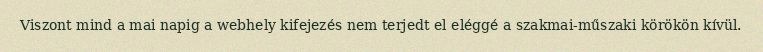
Viszont mind a mai napig a webhely kifejezés nem terjedt el eléggé a szakmai-műszaki körökön kívül.